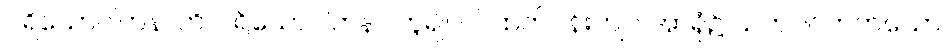
ပရိယောဂါဟနာတိ၊ ပရိယောဂါဟနာ ဟူ၍။ ဝါ၊ ထက်ဝန်းကျင် အာရုံ၌ သက်ဝင်တတ်သော